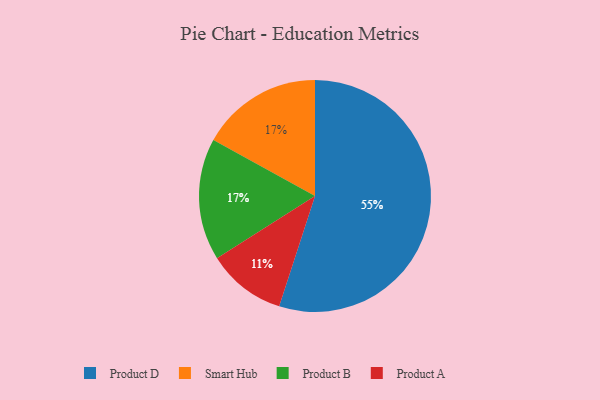
{"axis": {"x": "Category", "y": "Percentage"}, "legend": ["Product A", "Product B", "Product D", "Smart Hub"], "data": [{"x": "Product A", "y": 11, "type": "Product A"}, {"x": "Smart Hub", "y": 17, "type": "Smart Hub"}, {"x": "Product D", "y": 55, "type": "Product D"}, {"x": "Product B", "y": 17, "type": "Product B"}]}